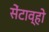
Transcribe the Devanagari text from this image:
सेंटाव्हो